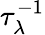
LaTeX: \tau_{\lambda}^{-1}